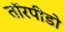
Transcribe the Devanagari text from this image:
तॉरपीडो